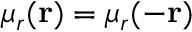
\mu _ { r } ( \mathbf { r } ) = \mu _ { r } ( - \mathbf { r } )